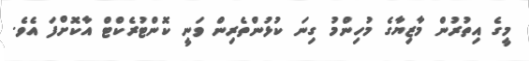
މީގެ އިތުރުން މާޒިޔާގެ މުހިންމު ގިނަ ކުޅުންތެރިން ވަނީ ކޮންޓުރެކްޓް އާކޮށްފަ އެވެ.